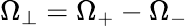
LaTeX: \Omega_{\perp}=\Omega_{+}-\Omega_{-}